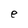
Character: e